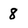
Character: 8